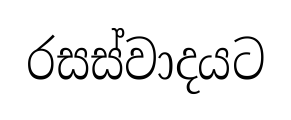
රසස්වාදයට